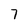
Character: 7